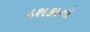
દશકાનો